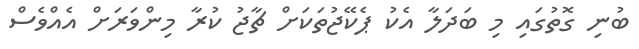
ބުނި ގޮތުގައި މި ބަދަލާ އެކު ޕެކޭޖުތަކަށް ޗާޖު ކުރާ މިންވަރަށް އެއްވެސް